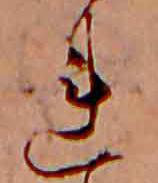
れ